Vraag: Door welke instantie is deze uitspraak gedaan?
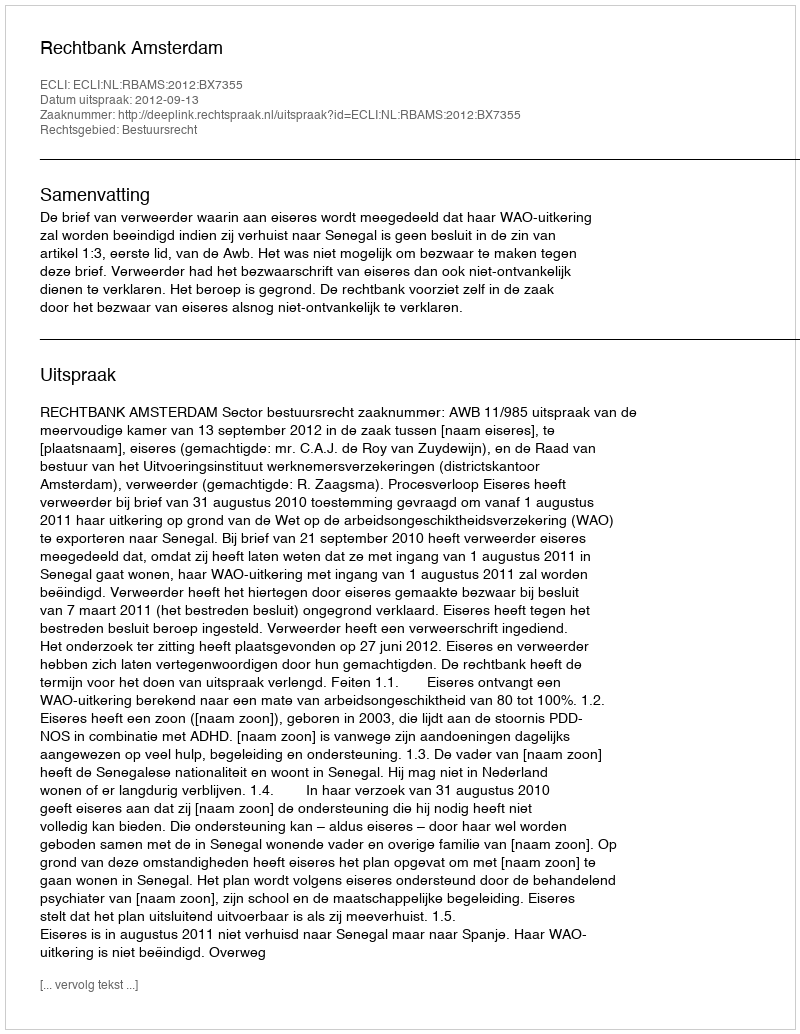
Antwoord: Rechtbank Amsterdam